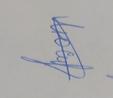
Signature authenticity: genuine